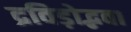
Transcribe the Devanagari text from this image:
द्रविड़ोद्भवा